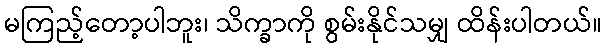
မကြည့်တော့ပါဘူး၊ သိက္ခာကို စွမ်းနိုင်သမျှ ထိန်းပါတယ်။